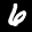
Label: 6